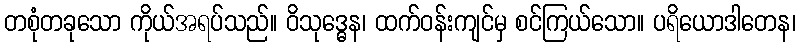
တစုံတခုသော ကိုယ်အရပ်သည်။ ဝိသုဒ္ဓေန၊ ထက်ဝန်းကျင်မှ စင်ကြယ်သော။ ပရိယောဒါတေန၊